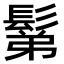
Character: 鬀